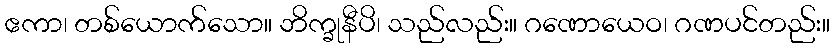
ဧကာ၊ တစ်ယောက်သော။ ဘိက္ခုနီပိ၊ သည်လည်း။ ဂဏောယေဝ၊ ဂဏပင်တည်း။